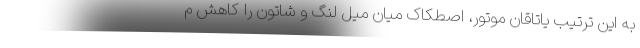
به این ترتیب یاتاقان موتور، اصطکاک میان میل لنگ و شاتون را کاهش م